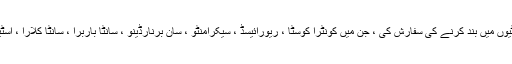
انہوں نے انہیں آٹھ دیگر کاؤنٹیوں میں بند کرنے کی سفارش کی ، جن میں کونٹرا کوسٹا ، ریورائیسڈ ، سیکرامنٹو ، سان برنارڈینو ، سانٹا باربرا ، سانٹا کلارا ، اسٹینلاسس اور وینٹورا شامل ہیں۔